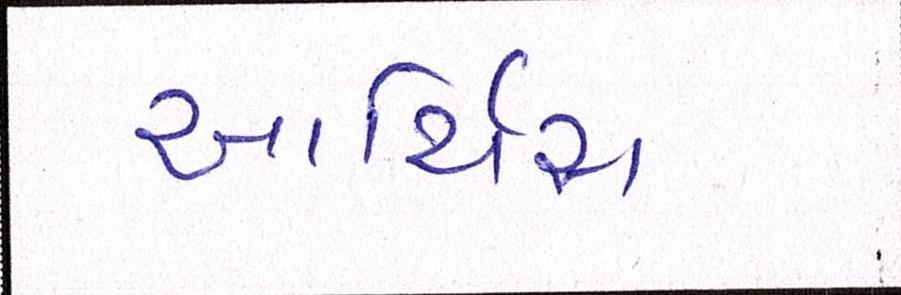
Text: આર્ચિસ